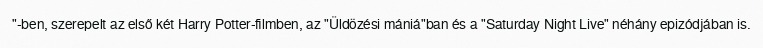
"-ben, szerepelt az első két Harry Potter-filmben, az "Üldözési mániá"ban és a "Saturday Night Live" néhány epizódjában is.